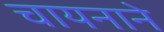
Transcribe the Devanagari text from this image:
चायनाने